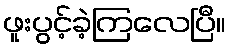
ဖူးပွင့်ခဲ့ကြလေပြီ။